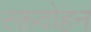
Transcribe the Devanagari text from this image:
रक्तदोहन